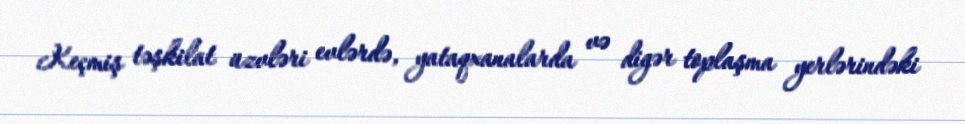
Keçmiş təşkilat üzvləri evlərdə, yataqxanalarda və digər toplaşma yerlərindəki